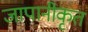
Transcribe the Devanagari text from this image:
जापानीकृत